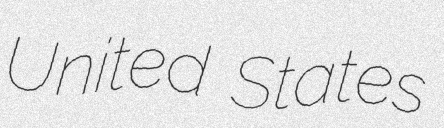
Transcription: United States